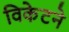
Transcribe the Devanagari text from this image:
विकेटने